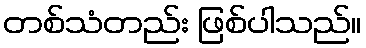
တစ်သံတည်း ဖြစ်ပါသည်။